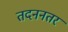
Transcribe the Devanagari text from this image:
तदननतर